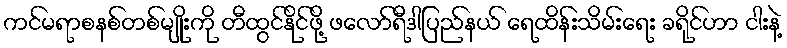
ကင်မရာစနစ်တစ်မျိုးကို တီထွင်နိုင်ဖို့ ဖလော်ရီဒါပြည်နယ် ရေထိန်းသိမ်းရေး ခရိုင်ဟာ ငါးနဲ့